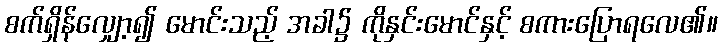
စက်ရှိန်လျှော့၍ မောင်းသည့် အခါ၌ ကိုနှင်းမောင်နှင့် စကားပြောရလေ၏။